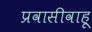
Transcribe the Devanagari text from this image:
प्रवासीवाहू